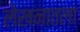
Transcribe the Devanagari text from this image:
लेखनातला